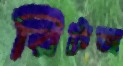
রিটজ